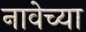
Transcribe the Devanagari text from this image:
नावेच्या